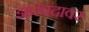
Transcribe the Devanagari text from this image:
झारपदावर